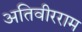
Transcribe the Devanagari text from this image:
अतिवीरराम